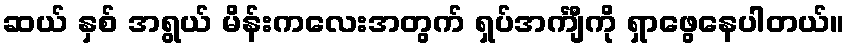
ဆယ် နှစ် အရွယ် မိန်းကလေးအတွက် ရှပ်အင်္ကျီကို ရှာဖွေနေပါတယ်။